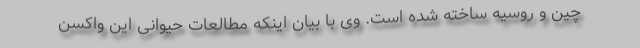
چین و روسیه ساخته شده است. وی با بیان اینکه مطالعات حیوانی این واکسن